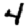
Digit: 4